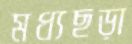
মধ্যছড়া